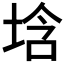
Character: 𡌢